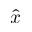
\hat { x }